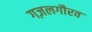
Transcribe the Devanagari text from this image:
गज़लगौरव